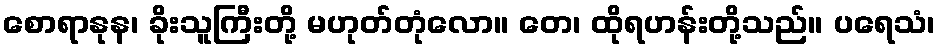
စောရာနုန၊ ခိုးသူကြီးတို့ မဟုတ်တုံလော။ တေ၊ ထိုရဟန်းတို့သည်။ ပရေသံ၊